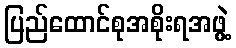
ပြည်ထောင်စုအစိုးရအဖွဲ့